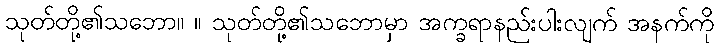
သုတ်တို့၏သဘော။ ။ သုတ်တို့၏သဘောမှာ အက္ခရာနည်းပါးလျက် အနက်ကို